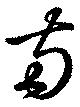
兩